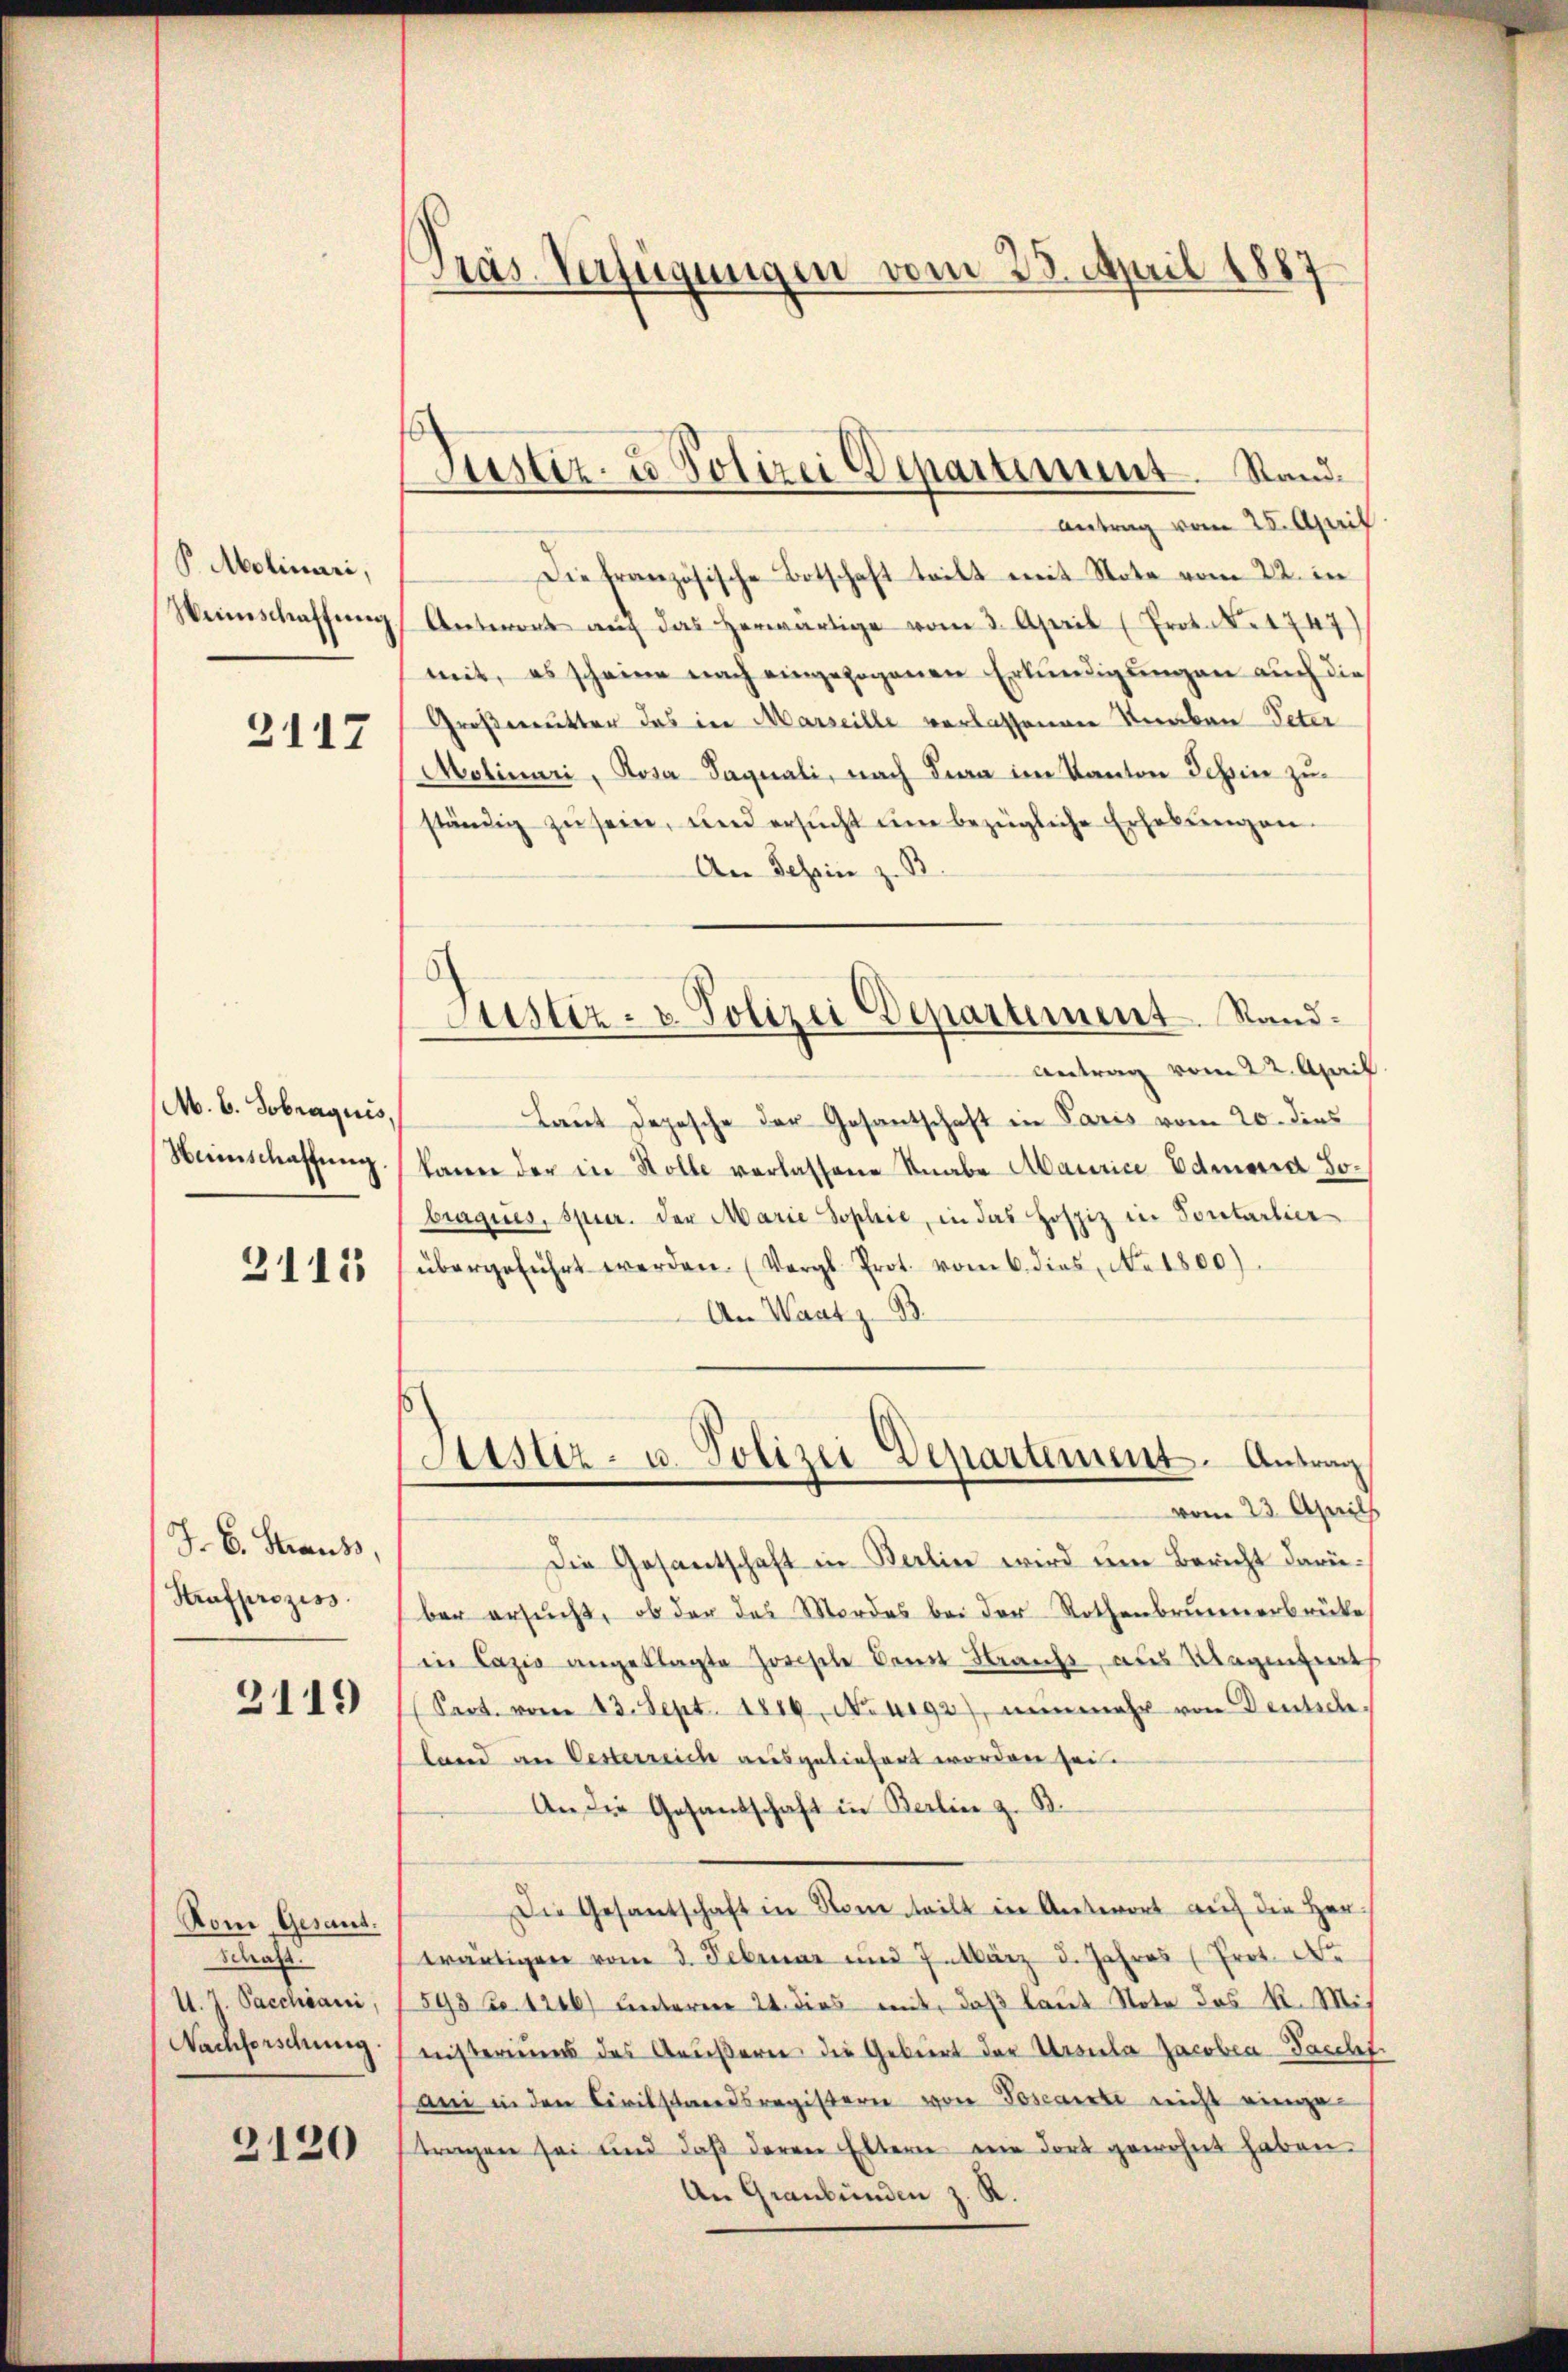
P. Molinari,
Weinschaffung

2117

M. B. Sobraquis,

2115

J. C. Strauss,
Strafprozess

3119

Rom Gesant.
Schaft
4. Pacchiani,
Nachforschung.

2120

Pras. Verfügungen vom 28. April 1887

Justiz- u Polizei Departement. Stand.

Antrag vom 25. April
Die französische Botschaft teilt mit Note vom 22. in
Antwort auf das herwärtige vom 3. April (Prot. N. 1747)
mit, es scheine nach eingezogenen Erkundigungen auch die
Großermutter das in Marseille verlassenen Straben Peter
Molinari, Rosa Saquali, nach Lina im Kanton Tessin zuständig zŭ sein, und ersŭcht ŭm bezügliche Erhebŭngen.
An Schein z. B.
Antrag vom 22. April.
Laut Depesche der Gesantschaft in Paris vom 20. dies
Heimschaffŭng kann der in Stolle verlassene Knabe Maurice Edmaria Jobraques, spier. der Marie Sophie, in das Hofziz in Sontarlier
übergeführt werden. (Vergl. Prot. vom 6. dies, No 1800).
An Wart z. B.
Atstiz- u. Polizei Departement. Antrag
vom 23. Aprils
Die Gesantschaft in Berlin wird ein Bericht darüber ersucht, ob der das Mordes bei der Rothenbrunnerbrüke
in Lazić angeklagte Zorische dem Brauchs, aus Magintiert
Pact. vom 13. Sept. 1819. Nourg), nŭnmehr von Deutsch
land an Oesterreich ausgeliefert worden sei.
An die Gesandschaft in Berlin z. B.
Die Gesantschaft in Rome teilt in Antwort auf die Her-
wärtigen vom 3. Februar und 7. März d. Jahres (Prot. De
593 f. 1246) unterere 24. dies mit, daß laut Note das k. Mit
nisteriums des Aŭβern die Gebiert der Ursula Jacobea-Fascht.
ani in den Civilstandsregistern von Toscaerte nicht einge-
tragen sei und daβ deren Eltern ein dort gewohnt haben.
An Graubünden z. R.

Justiz- u. Polizei Departement. Sand¬